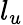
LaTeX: l_{u}